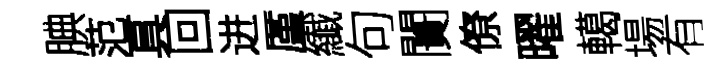
腆范真回进厪纎句闠僚曜轕場有